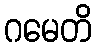
ဂမေတိ